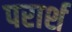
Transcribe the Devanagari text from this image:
परार्श